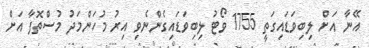
އޭނާ އަށް ލިބިވަޑައިގަތީ 1755 ވޯޓު ލިބިވަޑައިގެންނެވި އިރު މުހަންމަދު މުސްތޮފާ އަށް